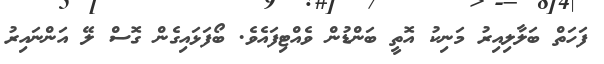
ފަހަތް ބަލާލިއިރު މަނިކު އޮތީ ބަންޑުން ވެއްޓިފައެވެ. ބޯފަޅައިގެން ގޮސް ލޭ އަންނައިރު